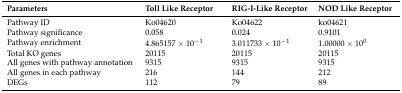
<table><thead><tr><td><b>Parameters</b></td><td><b>Toll Like Receptor</b></td><td><b>RIG-I-Like Receptor</b></td><td><b>NOD Like Receptor</b></td></tr></thead><tbody><tr><td>Pathway ID</td><td>Ko04620</td><td>Ko04622</td><td>ko04621</td></tr><tr><td>Pathway significance</td><td>0.058</td><td>0.024</td><td>0.9101</td></tr><tr><td>Pathway enrichment</td><td>4.865157 × 10<sup>−1</sup></td><td>3.011733 × 10<sup>−1</sup></td><td>1.00000 × 10<sup>0</sup></td></tr><tr><td>Total KO genes</td><td>20115</td><td>20115</td><td>20115</td></tr><tr><td>All genes with pathway annotation</td><td>9315</td><td>9315</td><td>9315</td></tr><tr><td>All genes in each pathway</td><td>216</td><td>144</td><td>212</td></tr><tr><td>DEGs</td><td>112</td><td>79</td><td>89</td></tr></tbody></table>